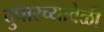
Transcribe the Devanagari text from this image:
दुपारच्यावेळी